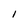
Character: 1